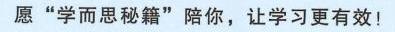
愿“学而思秘籍”陪你，让学习更有效！